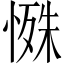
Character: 𪬔